Investigations on Bengal jail dietaries - Number 37
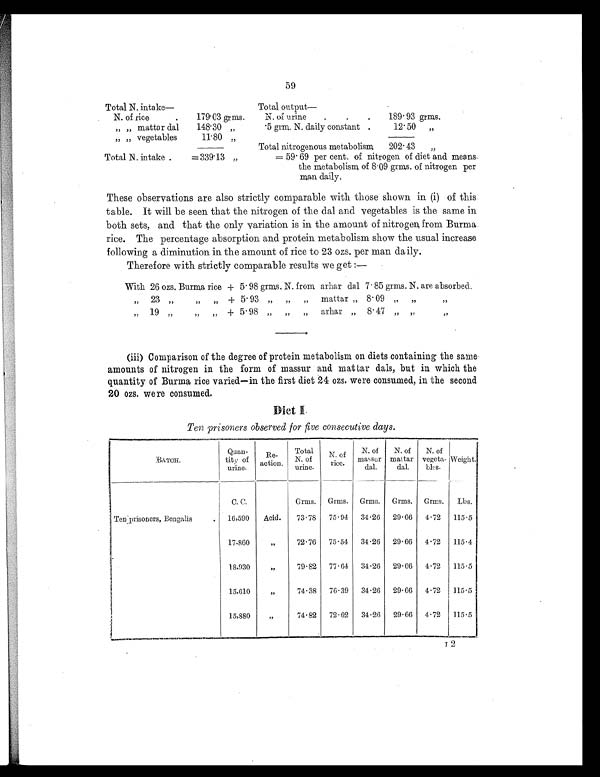
59
Total N. intake—
Total output
—
N. of rice
. 179.03 grms.
N. of urine
.
.
.
189.93 grms.
„ „ mattar dal
148.30 „
.5 grm. N. daily constant .
12.50 „
„ „ vegetables
11.80 „
Total nitrogenous metabolism
202.43 „
Total N. intake .
=339.13 „
= 59. 69 per cent. of nitrogen of diet and means
the metabolism of 8.09 grms. of nitrogen per
man daily.
These observations are also strictly comparable with those shown in (i) of this
table. It will be seen that the nitrogen of the dal and vegetables is the same in
both sets, and that the only variation is in the amount of nitrogen from Burma
rice. The percentage absorption and protein metabolism show the usual increase
following a diminution in the amount of rice to 23 ozs. per man daily.
Therefore with strictly comparable results we get :—
With 26 ozs. Burma rice + 5.98 grms. N. from arhar dal 7. 85 grms. N. are absorbed.
„ 23 „ „ „ + 5. 93 „ „ „ mattar „ 8.09 „ „ „
„ 19 „ „ „ + 5.98 „ „ „ arhar „ 8.47 „ „ „
(iii) Comparison of the degree of protein metabolism on diets containing the same
amounts of nitrogen in the form of massur and mattar dals, but in which the
quantity of Burma rice varied—in the first diet 24 ozs. were consumed, in the second
20 ozs. were consumed.
Diet I.
Ten prisoners observed for five consecutive days.
BATCH.
Quan-
tity of
urine.
Re-
action.
Total
N. of
urine.
N. of
rice.
N. of
massur
dal.
N. of
mattar
dal.
N. of
vegeta-
bles.
Weight.
C. C.
Grms.
Grms.
Grms.
Grms.
Grms.
Lbs.
Ten prisoners, Bengalis
.
16,590
Acid.
73.78
75.94
34.26
29.66
4.72
115.5
17.860
„
72.76
75.54
34.26
29.66
4.72
115.4
18,930
„
79.82
77.64
34.26
29.66
4.72
115.5
15,610
„
74.38
76.39
34.26
29.66
4.72
115.5
15,880
„
74.82
72.62
34.26
29.66
4.72
115.5
I 2